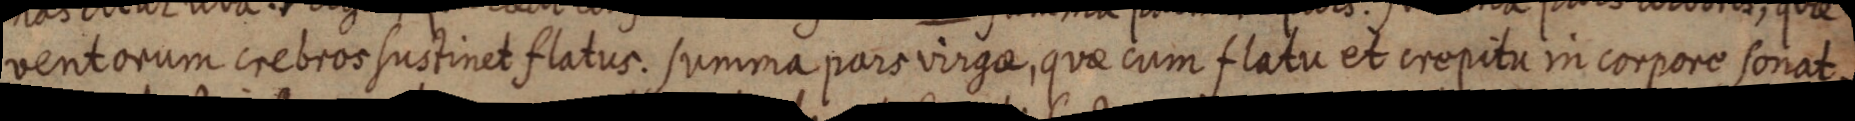
ventorum crebros sustinet flatus. summa pars virga, quae cum flatu et crepitu in corpore sonat.